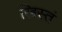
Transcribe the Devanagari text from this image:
ख्रिस्तं